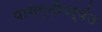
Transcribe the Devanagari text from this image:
पासष्टीपर्यंत